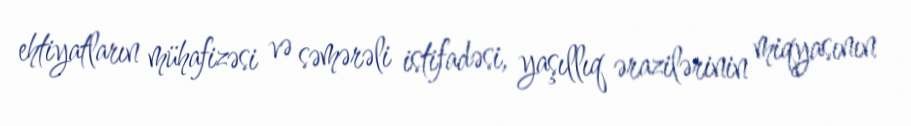
ehtiyatların mühafizəsi və səmərəli istifadəsi, yaşıllıq ərazilərinin miqyasının